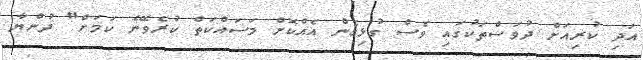
އަދި ކުރިއަށް ދުވަސްތަކުގައި ވެސް ގުޅިގެން އެއްކޮށް މަސައްކަތް ކުރެވޭނެ ކަމަށް" ދުންޔާ